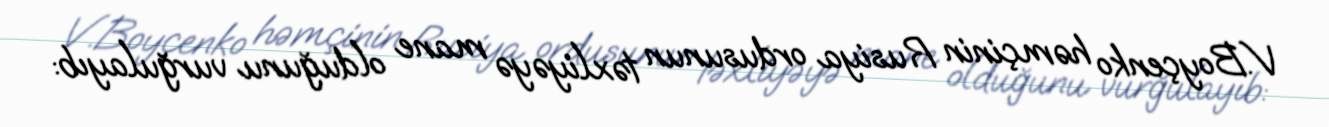
V.Boyçenko həmçinin Rusiya ordusunun təxliyəyə mane olduğunu vurğulayıb: